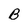
Character: B